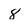
Character: 8